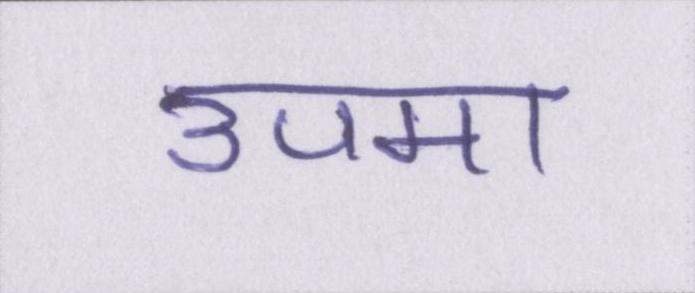
उपमा